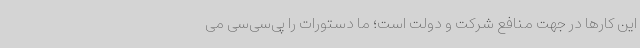
این کارها در جهت منافع شرکت و دولت است؛ ما دستورات را پی‌سی‌سی می